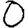
Digit: 0